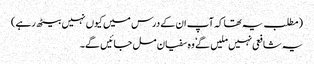
(مطلب یہ تھا کہ آپ ان کے درس میں کیوں نہیں بیٹھ رہے)
یہ شافعی نہیں ملیں گے ٗ وہ سفیان مل جائیں گے۔